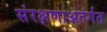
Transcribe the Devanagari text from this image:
संरक्षणाअतंर्गत